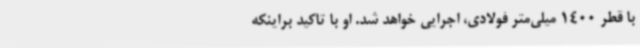
با قطر 1400 میلی‌متر فولادی، اجرایی خواهد شد. او با تاکید براینکه